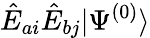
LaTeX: \hat{E}_{ai}\hat{E}_{bj}|\Psi^{(0)}\rangle